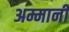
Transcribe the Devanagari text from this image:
अम्मानी